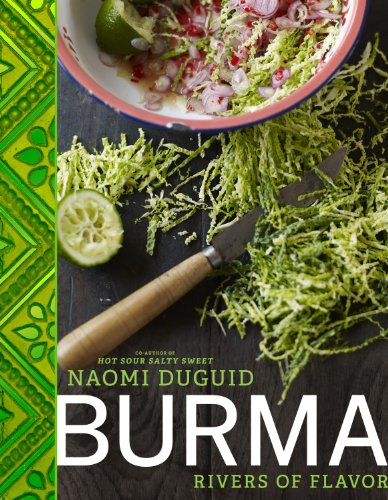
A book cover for Burma: Rivers of Flavor; Naomi Duguid; Cookbooks, Food & Wine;